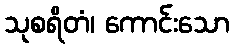
သုစရိတံ၊ ကောင်းသော